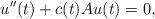
LaTeX: \begin{align*}u''(t)+c(t)Au(t)=0,\end{align*}